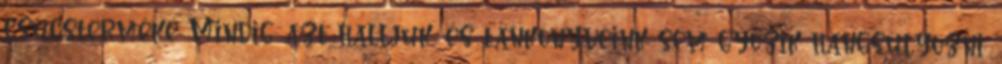
csúcsterméke Mindig azt halljuk, és tankönyveink sem győzik hangsúlyozni: